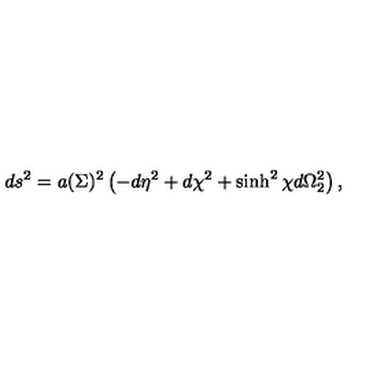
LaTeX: d s ^ { 2 } = a ( \Sigma ) ^ { 2 } \left( - d \eta ^ { 2 } + d \chi ^ { 2 } + \sinh ^ { 2 } \chi d \Omega _ { 2 } ^ { 2 } \right) ,